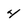
Character: 4